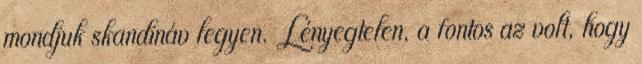
mondjuk skandináv legyen. Lényegtelen, a fontos az volt, hogy